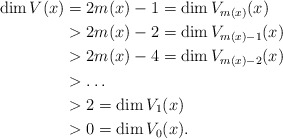
\begin{align*}\dim V (x) &= 2m(x)-1 = \dim V_{m(x)}(x)\\&>2m(x)-2 = \dim V_{m(x)-1}(x)\\&>2m(x)-4 = \dim V_{m(x)-2}(x)\\&>\dots \\&>2=\dim V_1(x)\\&>0=\dim V_0(x).\end{align*}